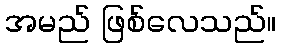
အမည် ဖြစ်လေသည်။